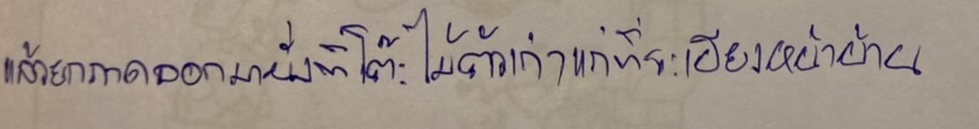
แล้วยกถาดออกมานั่งที่โต๊ะไม้ตัวเก่าแก่ที่ระเบียงหน้าบ้าน